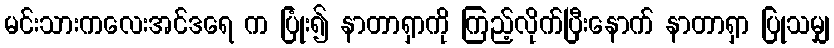
မင်းသားကလေးအင်ဒရေ က ပြုံး၍ နာတာရှာကို ကြည့်လိုက်ပြီးနောက် နာတာရှာ ပြုသမျှ